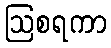
ဩစရကာ